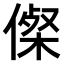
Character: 𠍇